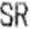
SR